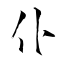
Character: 仆